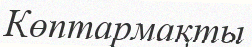
Көптармақты